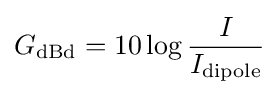
G_{\text{dBd}}=10\log {I \over I_{\text{dipole}}}